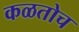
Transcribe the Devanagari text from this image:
कळतोच